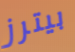
بيترز